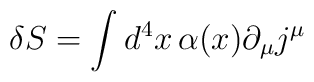
\delta S = \int d^{4} x \,\alpha(x)\partial_{\mu}j^{\mu}